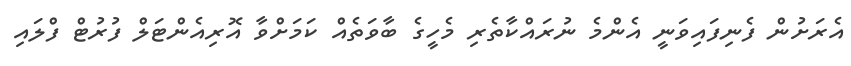
އެރަށުން ފެނިފައިވަނީ އެންމެ ނުރައްކާތެރި މެހީގެ ބާވަތެއް ކަމަށްވާ އޮރިއެންޓަލް ފުރުޓް ފްލައި